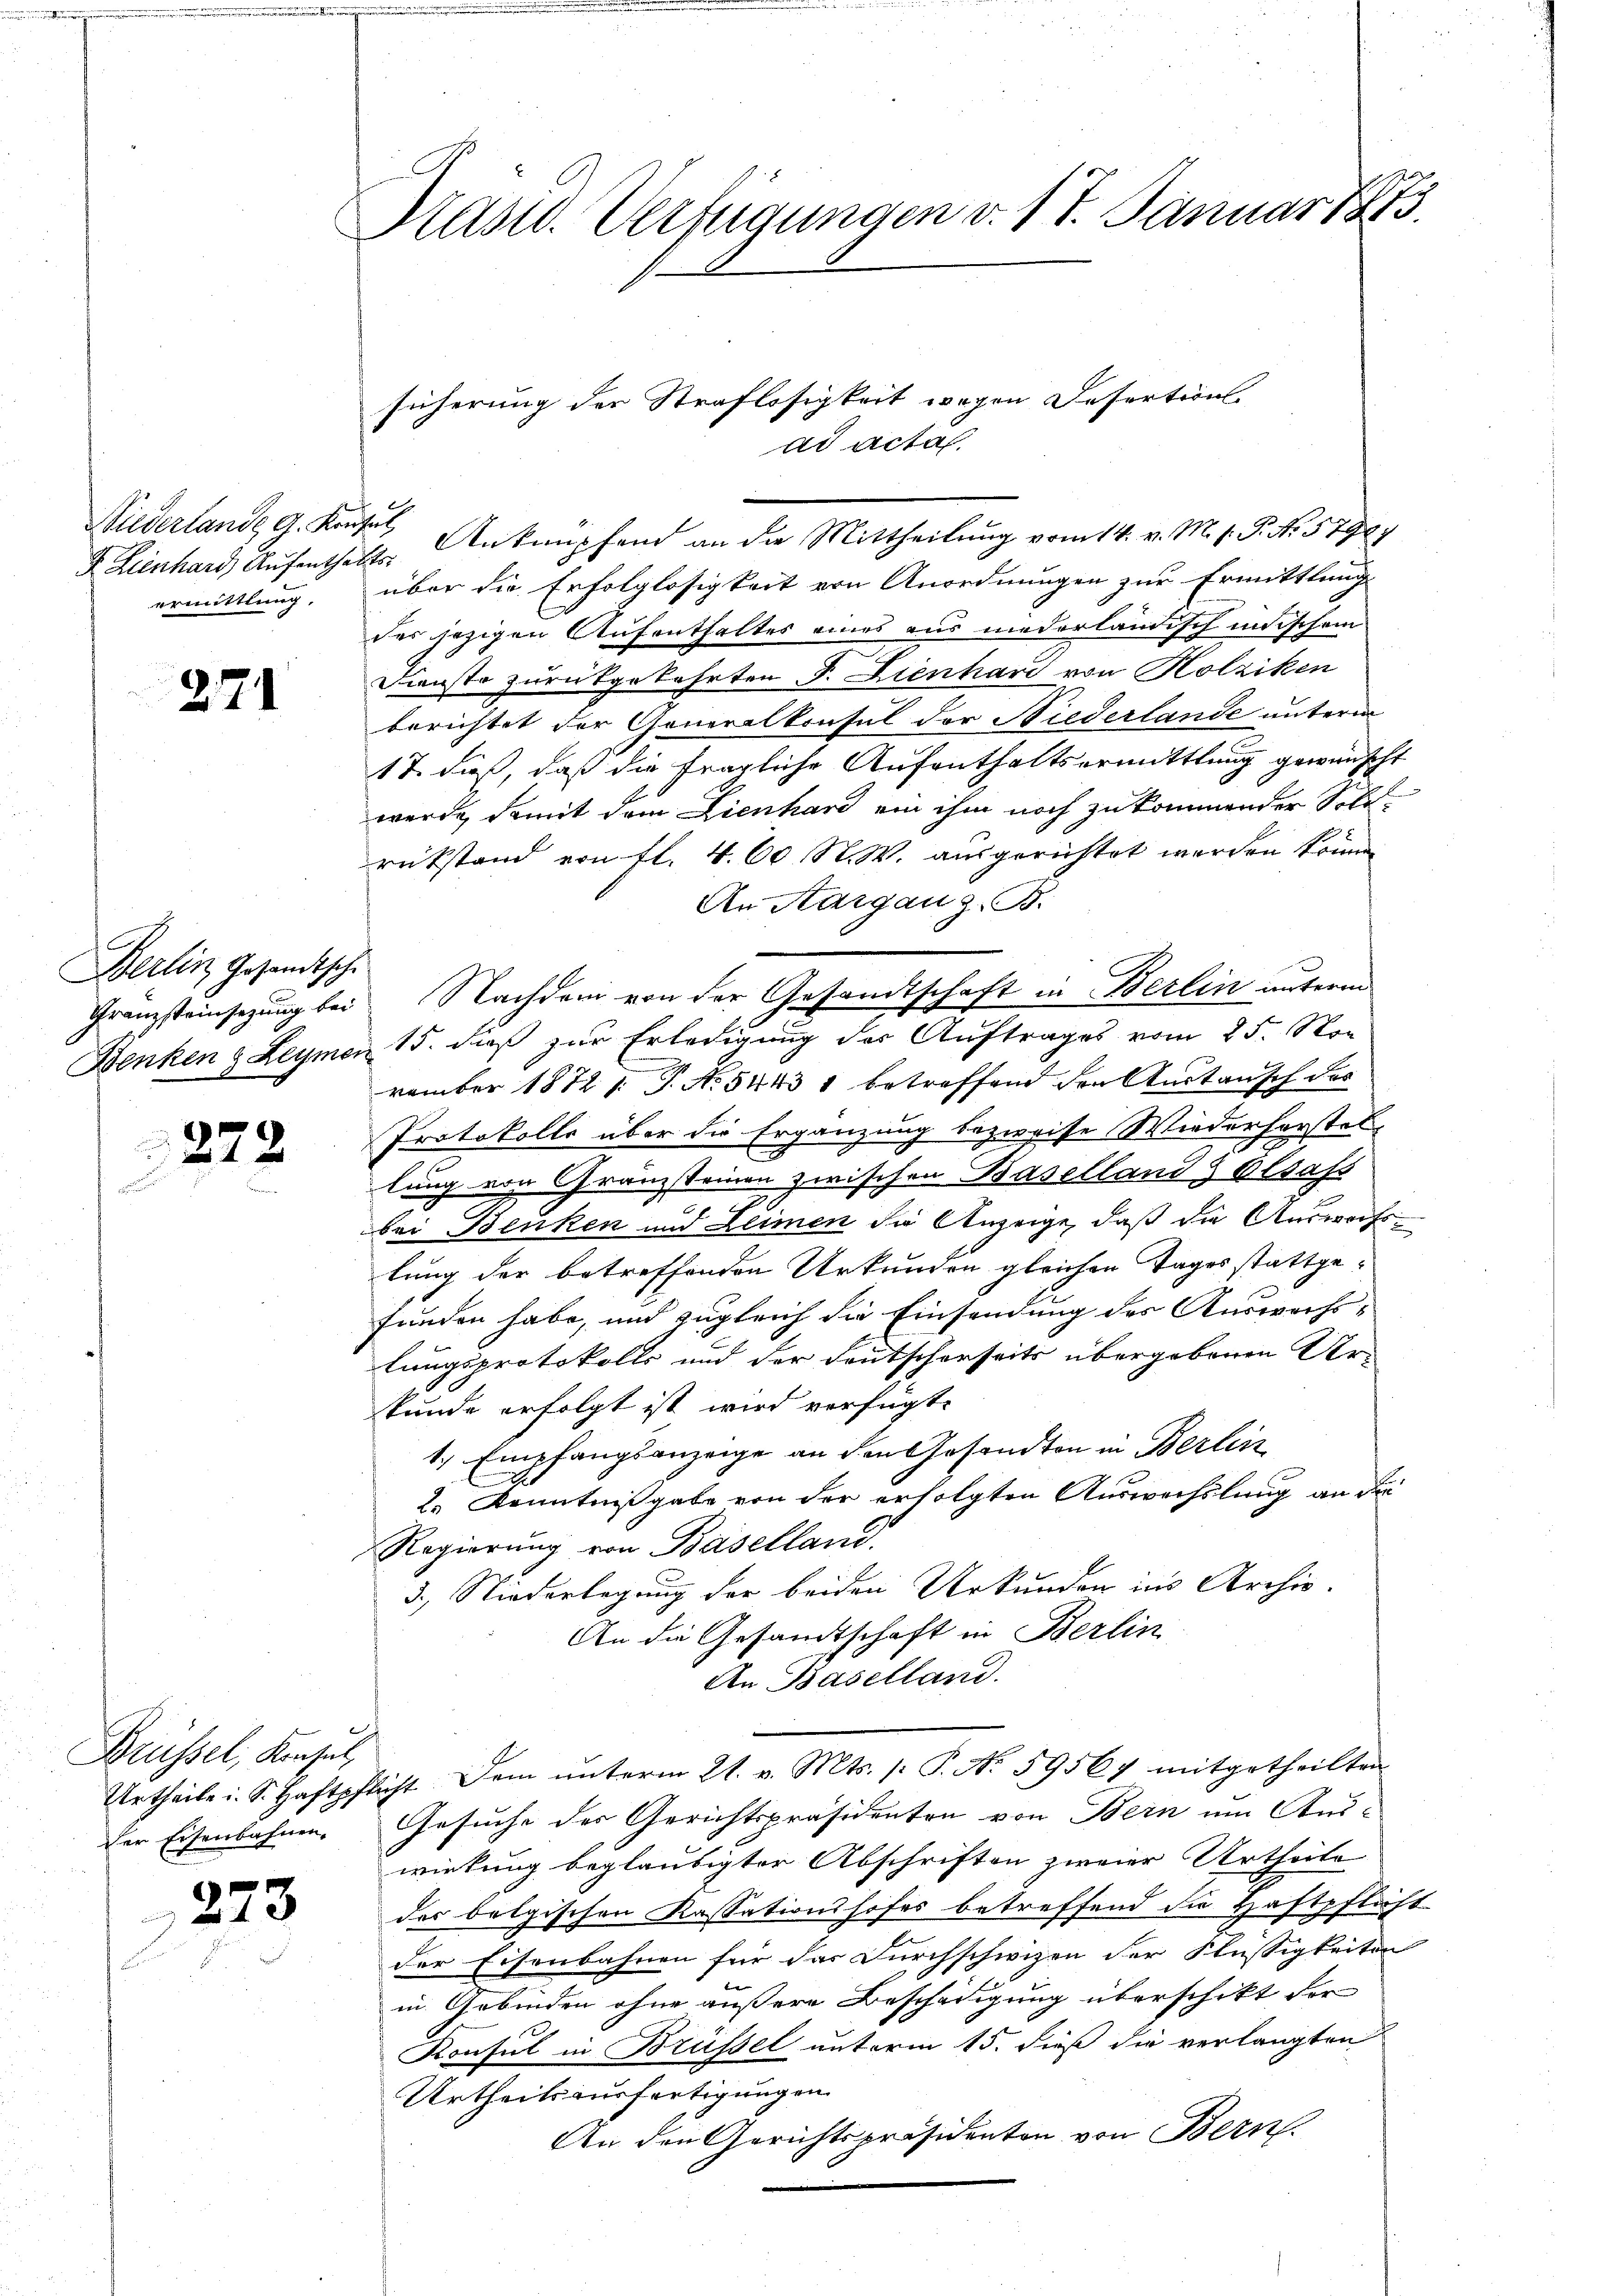
d. Lienhard Aufenthalt
ermittlung.

271

s
Berlin Gesandtsche
Granzsteinsezung bei
Benken & Leymon

272

Brüssel, Konsel,
Der Eisenbahnen.

223.

Präsid. Verfügungen v. 17. Januar 1875.

Niederlande G. Konses Anknüpfend an die Mittheilung vom 14. v. M. v. P. Nr. 57967

.
über die Erfolglosigkeit von Anordnungen zur Ermittlung
des jezigen Aufenthaltes eines aus niederländisch inischem
Diensto zurückgekehrten J. Lienhard von Holziken
berichtet der Generalkonsul der Niederlande unterm
17. dieß, daß die fragliche Aufenthaltsermittlung gewünscht
werde, damit dem Lienhard ein ihm noch zu kommender Soll
rükstand von fl. 4. 60 R. W. ausgerichtet werden könn
An Aargau z. B.
15. dieß zur Erledigung der Auftrages vom 25. Non
vember 1872 1. P. No. 54431 betreffend den Austausch des
Protokolls über die Ergänzung bezweife Wiederforstel
lung von Granzsteinen zwischen Baselland & Elsaß
bei Benken und Leimen die Anzeige, daß die Auswechslung der betreffenden Urkunden gleichen Tages stattgefunden habe, und zugleich die Einsendung des Auswechslungsprotokolls und der Deutscherseits übergebenen Ur-
kunde erfolgt ist wird verfügt:
1. Empfangsanzeige an den Gesandten in Berlin
2.) Kenntnißgabe von der erfolgten Auswechslung an die
Regierung von Baselland.
3.) Niederlegung der beiden Urkunden in Archiv.
An die Gesandtschaft in Berlin
An Baselland.
Urtheilei. S. Haftpflicht. Dem ŭnterm 21. v. Mts. p. P. No. 59567 mitgetheilten
Gesuche des Gerichtspräsidenten von Bern um Aus-
wirkung beglaubigter Abschriften zweier Urtheile
des belgischen Kassationshofes betreffend die Haftpflicht
der Eisenbahnen für das Durchschwizen der Flüssigkeiten
in Gebinden ohne äußere Beschädigung überschikt der
Konsul in Brüssel unterm 15. dieß die verlangten
Urtheilsausfertigungen
An den Gerichtspräsidenten von Bern

sicherung der Straflosigkeit wegen Desertion
ad acta

Nachdem von der Gesandtschaft in Berlin unterm